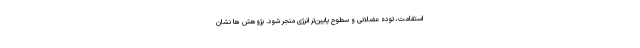
استقامت، توده عضلانی و سطوح پایین‌تر انرژی منجر شود. پژوهش ها نشان